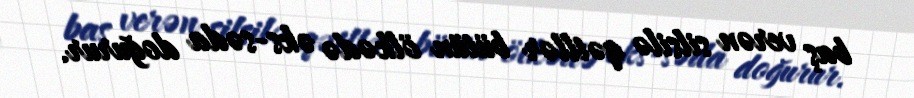
baş verən silsilə qətllər bütün ölkədə əks-səda doğurur.